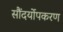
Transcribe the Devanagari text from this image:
सौंदर्योपकरण